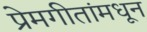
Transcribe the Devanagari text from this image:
प्रेमगीतांमधून